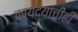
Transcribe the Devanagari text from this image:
कायद्यांचीही